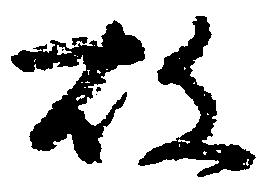
故